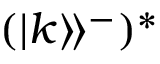
( | k \rangle \! \rangle ^ { - } ) ^ { * }